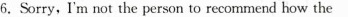
6. Sorry, I'm not the person to recommend how the